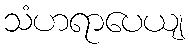
သံဟရာပေယျ